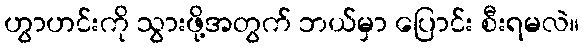
ဟွာဟင်းကို သွားဖို့အတွက် ဘယ်မှာ ပြောင်း စီးရမလဲ။